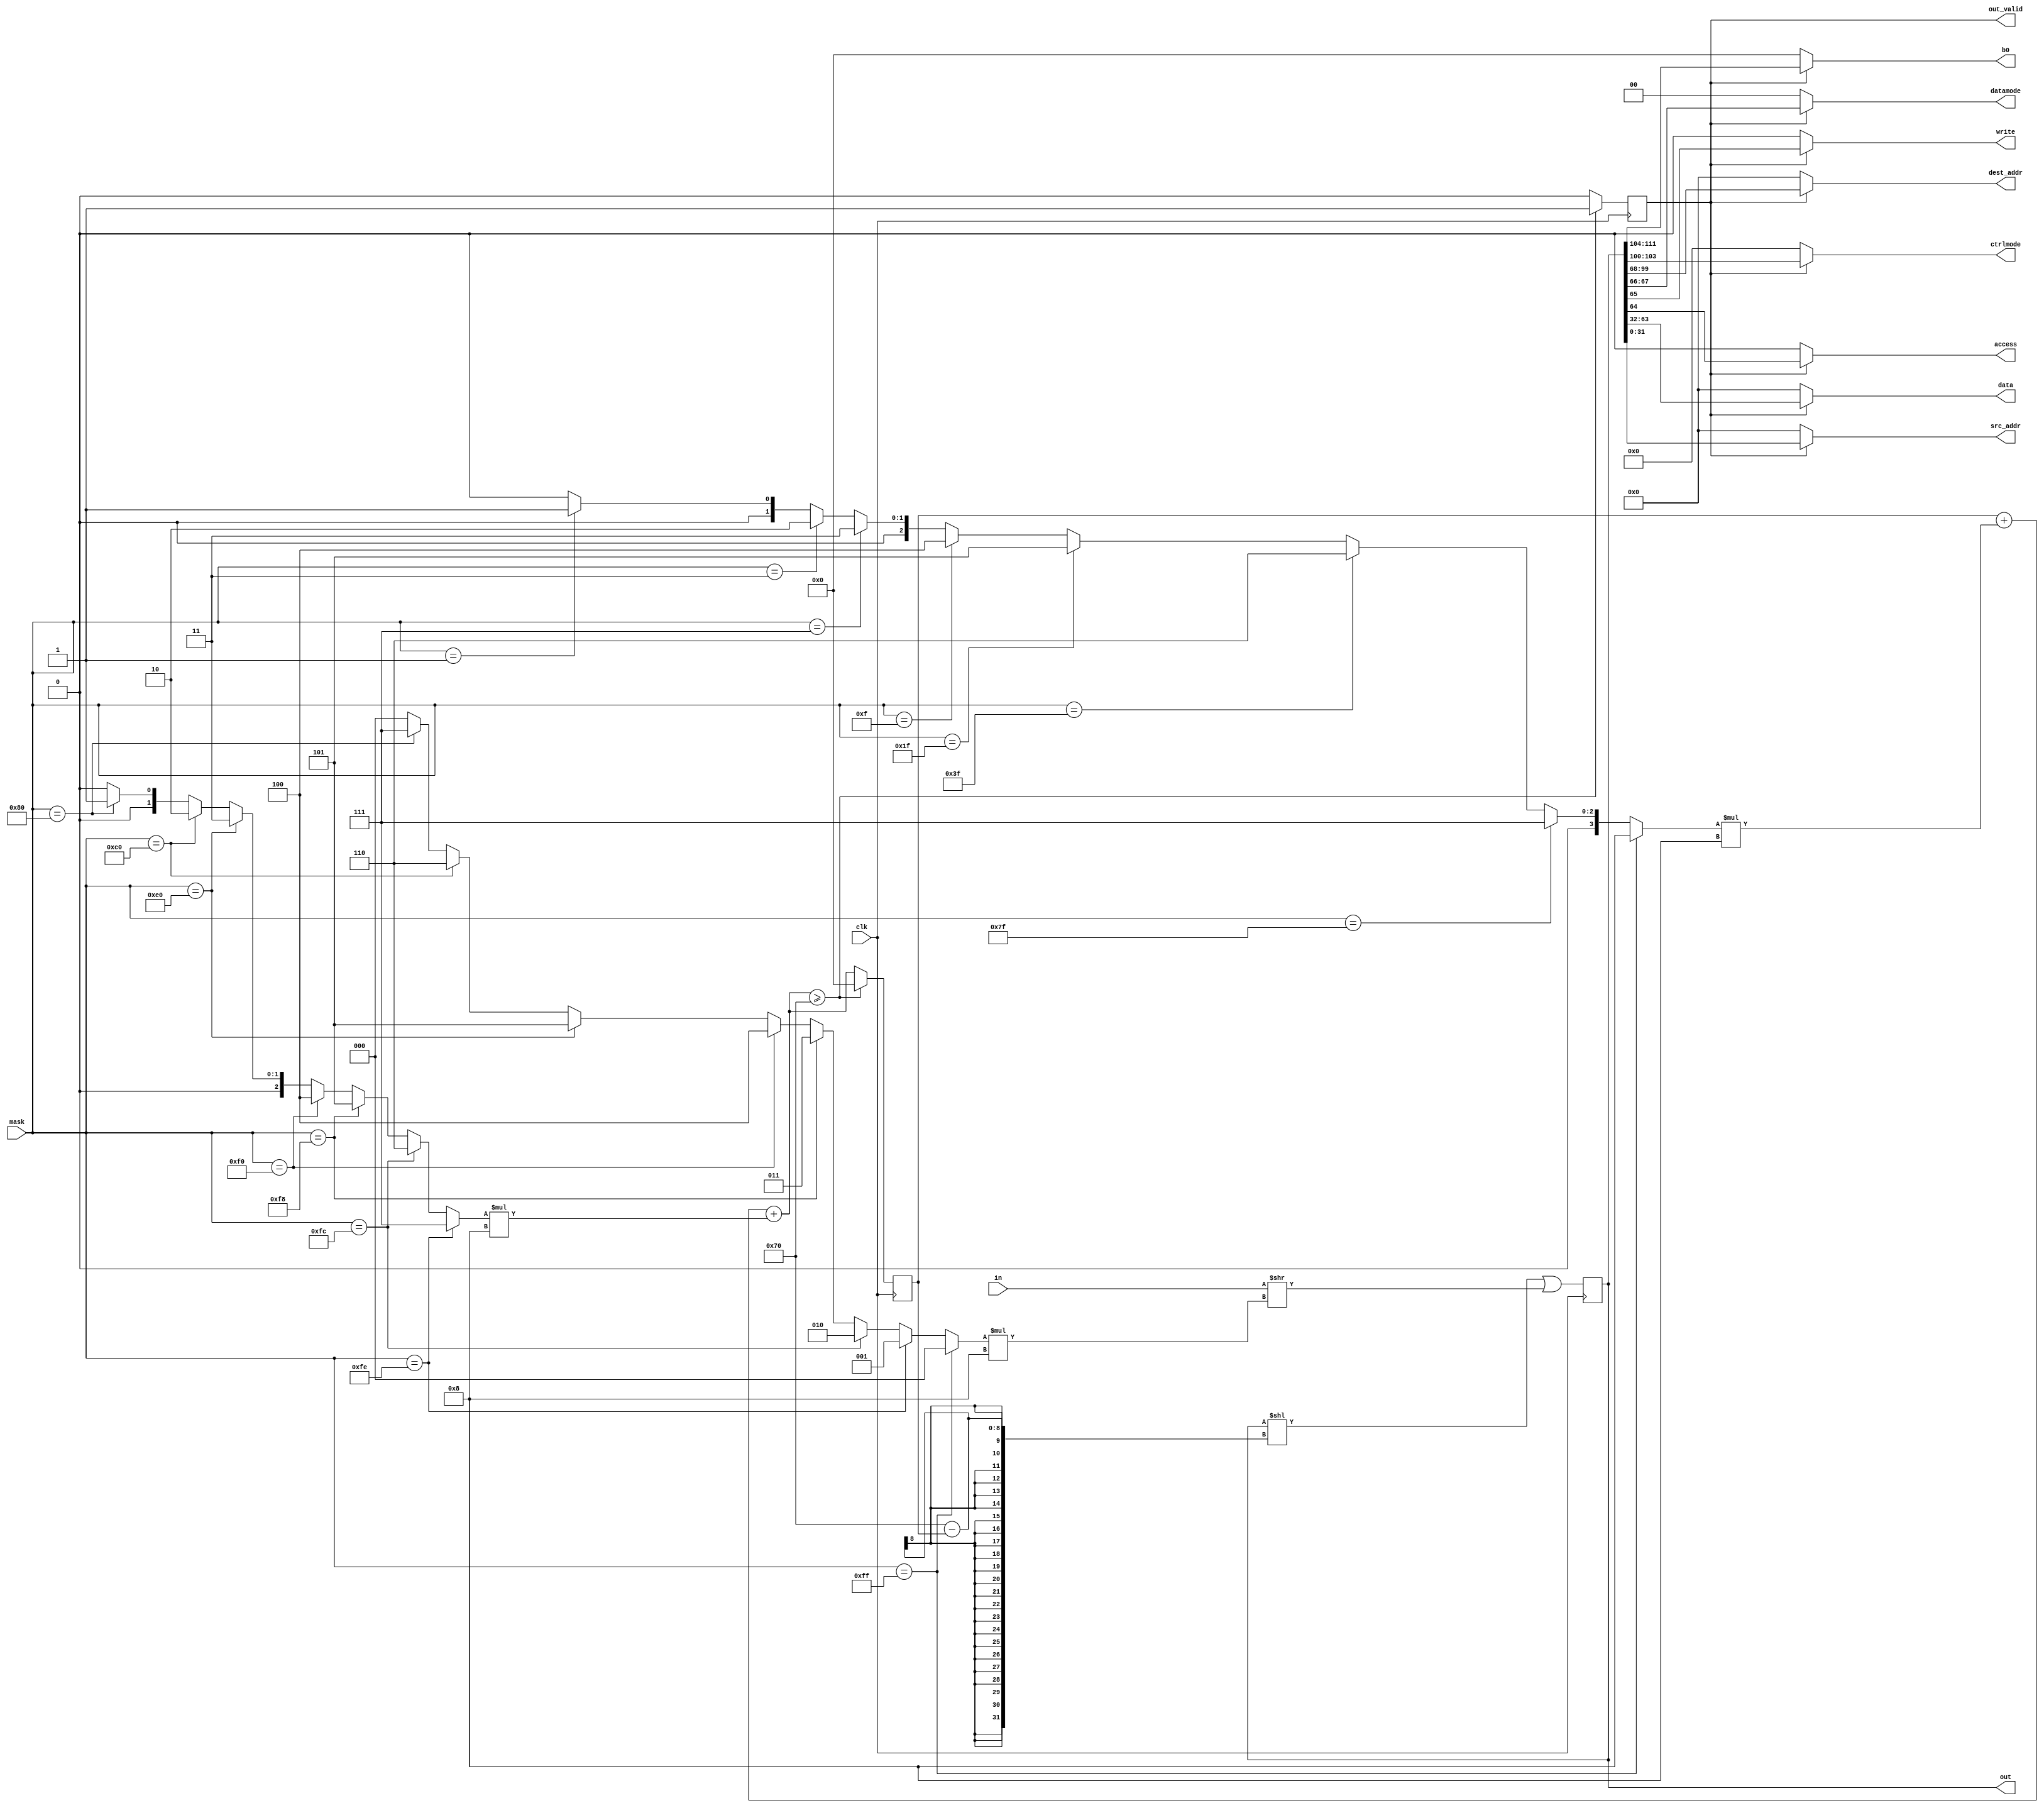
`timescale 1ns/1ps

module elink_aligner(
    input clk,
    input [63:0] in,
    input [7:0] mask,
    output reg [111:0] out,
    output reg out_valid,

    output [7:0] b0,
    output [3:0] ctrlmode,
    output [31:0] dest_addr,
    output write,
    output access,
    output [1:0] datamode,
    output [31:0] data,
    output [31:0] src_addr
);

reg [7:0] pos;
wire [7:0] shift;
wire [7:0] count;
wire [7:0] count_tail;

reg [7:0] last_mask = 8'd0;
reg [111:0] last_out = 112'd0;
reg [7:0] last_pos = 8'd0;

assign b0 = out_valid ? out[111:104] : 0;
assign ctrlmode = out_valid ? out[103:100] : 0;
assign dest_addr = out_valid ? out[99:68] : 0;
assign datamode = out_valid ? out[67:66] : 0;
assign write = out_valid ? out[65] : 0;
assign access = out_valid ? out[64] : 0;
assign data = out_valid ? out[63:32] : 0;
assign src_addr = out_valid ? out[31:0] : 0;

// Number of bytes in the first chunk of data, including 'full' chunks of 8 bytes
// This will default to 0 for trailing data chunks
assign count = mask == 8'b11111111 ? 8'd8 :
               mask == 8'b01111111 ? 8'd7 :
               mask == 8'b00111111 ? 8'd6 :
               mask == 8'b00011111 ? 8'd5 :
               mask == 8'b00001111 ? 8'd4 :
               mask == 8'b00000111 ? 8'd3 :
               mask == 8'b00000011 ? 8'd2 : 
               mask == 8'b00000001 ? 8'd1 : 8'd0;

// Number of bytes in the chunk containing the tail end of a frame
assign count_tail = mask == 8'b11111110 ? 8'd7 :
                    mask == 8'b11111100 ? 8'd6 :
                    mask == 8'b11111000 ? 8'd5 :
                    mask == 8'b11110000 ? 8'd4 :
                    mask == 8'b11100000 ? 8'd3 :
                    mask == 8'b11000000 ? 8'd2 :
                    mask == 8'b10000000 ? 8'd1 : 8'd0;

// Number of bytes to shift out in the chunk containing the tail end of the frame
assign shift = mask == 8'b11111111 ? 8'd0 :
               mask == 8'b11111110 ? 8'd1 :
               mask == 8'b11111100 ? 8'd2 :
               mask == 8'b11111000 ? 8'd3 :
               mask == 8'b11110000 ? 8'd4 :
               mask == 8'b11100000 ? 8'd5 : 
               mask == 8'b11000000 ? 8'd6 : 
               mask == 8'b10000000 ? 8'd7 : 8'd0;

initial
begin
    pos <= 8'b0;
    out <= 111'b0;
end

always @(posedge clk) begin
        last_out = out;
        last_pos = pos;
                last_mask = mask;

        out_valid = 0;
 
        // Increment the number of bits in the output register
        pos = last_pos + count*8 + count_tail*8;

        // (in >> (shift*8)) right aligns the data according to the mask
        // for example if we have 3 bytes in the input net, the mask from
        // the deserializer would contain 8'b11100000
        // The input is shifted right by 40 bits in this case
                
        // Shift the output register left, and OR the right aligned input
        // This acts as a shift register, sliding the parallell data
        // through the frame until it is aligned
        out = (last_out << 112-last_pos) | (in >> (shift*8));

        if(pos >= 14*8)
        begin
            pos = 0;
            last_pos = 0;
            out_valid = 1;
        end

end

endmodule